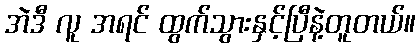
အဲဒီ လူ အရင် ထွက်သွားနှင့်ပြီနဲ့တူတယ်။